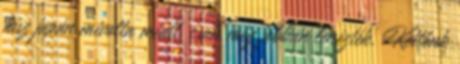
hisz japán mivolta miatt, csak még jobban lenézték. Kettőnk